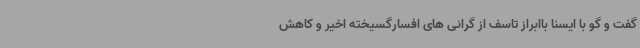
گفت و گو با ایسنا باابراز تاسف از گرانی های افسارگسیخته اخیر و کاهش